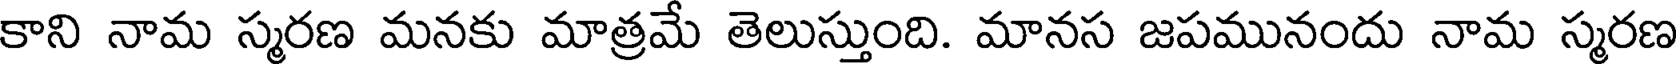
కాని నామ స్మరణ మనకు మాత్రమే తెలుస్తుంది. మానస జపమునందు నామ స్మరణ